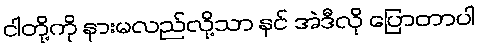
ငါတို့ကို နားမလည်လို့သာ နင် အဲဒီလို ပြောတာပါ